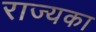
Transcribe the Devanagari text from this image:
राज्यका